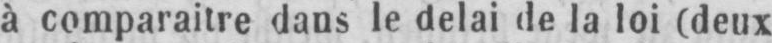
à comparaitre dans le delai de la loi (deux